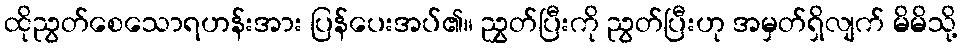
ထိုညွတ်စေသောရဟန်းအား ပြန်ပေးအပ်၏။ ညွှတ်ပြီးကို ညွတ်ပြီးဟု အမှတ်ရှိလျက် မိမိသို့